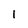
Character: 1